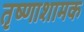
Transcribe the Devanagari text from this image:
तृष्णाशामक